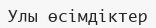
Улы өсімдіктер